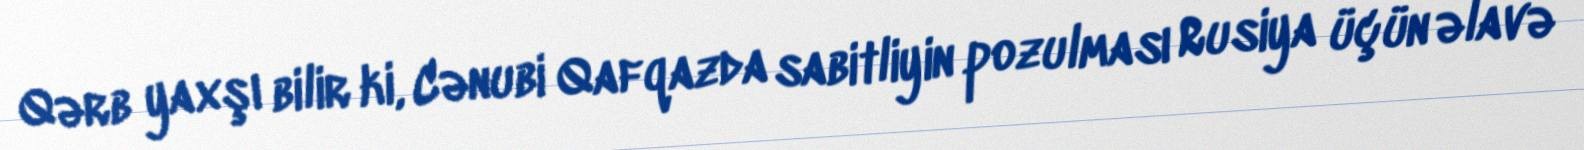
Qərb yaxşı bilir ki, Cənubi Qafqazda sabitliyin pozulması Rusiya üçün əlavə